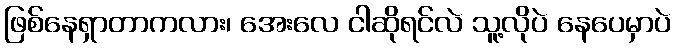
ဖြစ်နေရှာတာကလား၊ အေးလေ ငါဆိုရင်လဲ သူ့လိုပဲ နေပေမှာပဲ